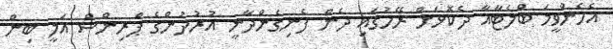
އެހެންވީމަ ބްލެޓާއާ ދެކޮޅަށް ރޭހުގައި ދެން ފެނިގެންދާނީ އުރުދުންގެ ޕްރިންސް އަލީ ބިން